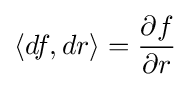
\langle df,dr\rangle ={\frac {\partial f}{\partial r}}